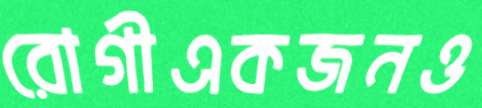
রোগীএকজনও